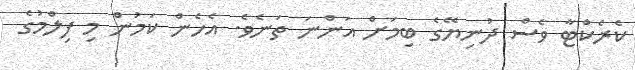
ކެރެކްޓާ ވެސް ދުނިޔޭގެ ބިމަށް އަންނަ ތަނެވެ. އެހެން ކަމުން މި ފިލްމުގެ